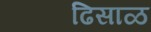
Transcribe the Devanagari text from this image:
ढिसाळ